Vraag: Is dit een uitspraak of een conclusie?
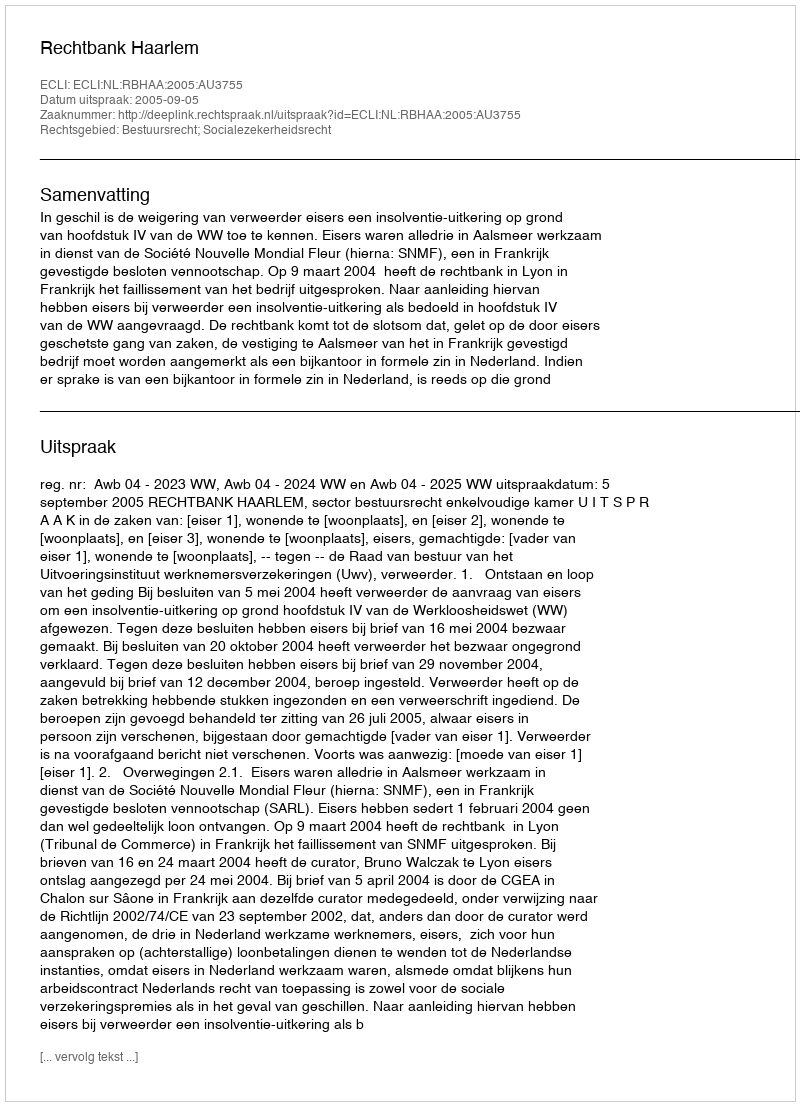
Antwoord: Uitspraak